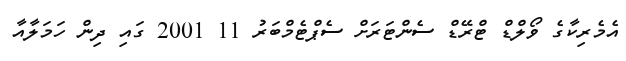
އެމެރިކާގެ ވޯލްޑް ޓްރޭޑް ސެންޓަރަށް ސެޕްޓެމްބަރު 11 2001 ގައި ދިން ހަމަލާއާ